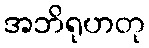
အဘိရုဟတု